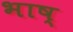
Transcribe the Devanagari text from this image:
भाष्